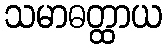
သမာဓတ္ထာယ